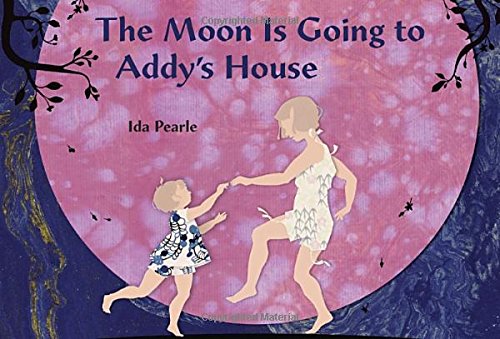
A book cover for The Moon is Going to Addy's House; Ida Pearle; Children's Books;